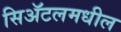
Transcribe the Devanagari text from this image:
सिॲटलमधील